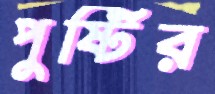
পুষ্টির